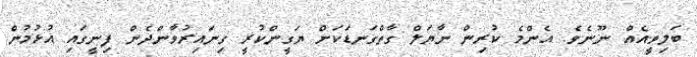
ބަލިވީއެއް ނޫނެވެ. އެންމެ ކުރިން ނާޔަލް ގާތްގަނޑަކަށް ޔަގީންކުރީ ގިނައިރުވާންދެން ފިނީގައި އުޅުމުން